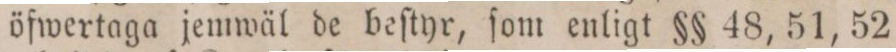
öfwertaga jemwäl de beſtyr, ſom enligt §§ 48, 51, 52